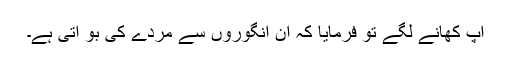
آپ کھانے لگے تو فرمایا کہ ان انگوروں سے مردے کی بو آتی ہے۔